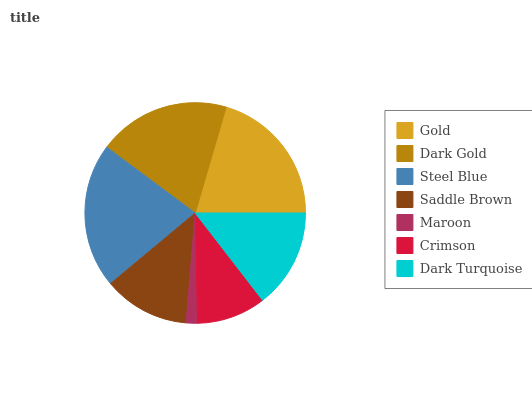
| Gold | Dark Gold | Steel Blue | Saddle Brown | Maroon | Crimson | Dark Turquoise |
 | --- | --- | --- | --- | --- | --- | --- |
 | 20.5% | 19.4% | 21.2% | 12.6% | 1.65% | 10.1% | 14.5% |